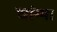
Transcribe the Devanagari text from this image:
चांग्मा